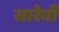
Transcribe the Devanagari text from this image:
सारेवी